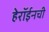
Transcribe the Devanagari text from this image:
हेरॉईनची